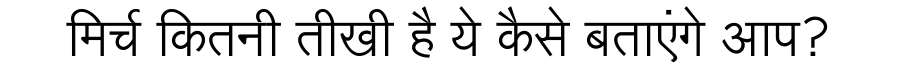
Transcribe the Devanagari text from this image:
मिर्च कितनी तीखी है ये कैसे बताएंगे आप?